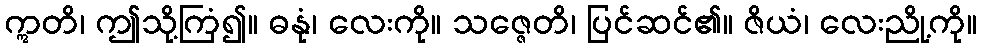
ဣတိ၊ ဤသို့ကြံ၍။ ဓနုံ၊ လေးကို။ သဇ္ဇေတိ၊ ပြင်ဆင်၏။ ဇိယံ၊ လေးညို့ကို။